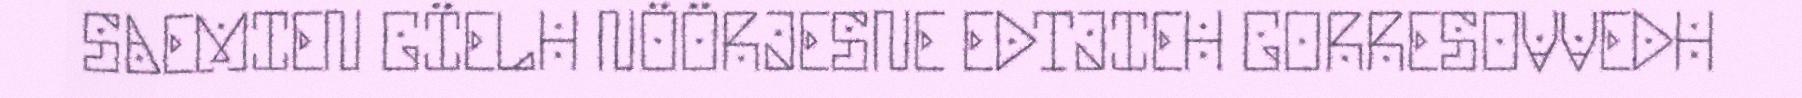
SAEMIEN GÏELH NÖÖRJESNE EDTJIEH GORRESOVVEDH